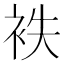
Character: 袟